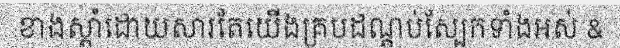
ខាងស្តាំដោយសារតែយើងគ្របដណ្តប់ស្បែកទាំងអស់ &